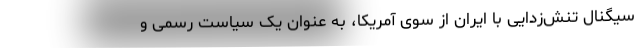
سیگنال تنش‌زدایی با ایران از سوی آمریکا، به عنوان یک سیاست رسمی و